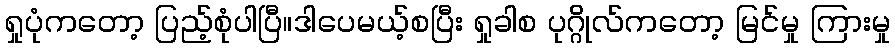
ရှုပုံကတော့ ပြည့်စုံပါပြီ။ဒါပေမယ့်စပြီး ရှုခါစ ပုဂ္ဂိုလ်ကတော့ မြင်မှု ကြားမှု